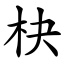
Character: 㭈